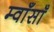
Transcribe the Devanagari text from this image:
म्वाँसाँ